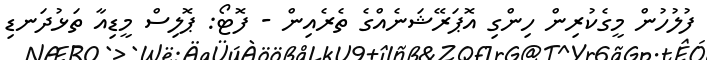
ފުލުހުން މީގެކުރިން ހިންގި އޮޕަރޭޝަނެއްގެ ތެރެއިން - ފޮޓޯ: ޕޮލިސް މީޑިއާ ތަޅުދަނޑި